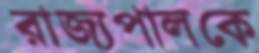
রাজ্যপালকে